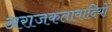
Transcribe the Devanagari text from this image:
अराजकतावादियों